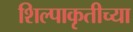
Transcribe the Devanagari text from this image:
शिल्पाकृतीच्या